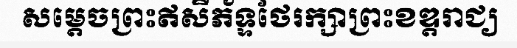
សម្តេចព្រះឥសីភ័ទ្ទថែរក្សាព្រះខឌ្តរាជ្យ